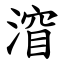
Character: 㴭